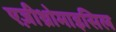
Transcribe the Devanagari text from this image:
एज़ीथ्रोमाइसिल